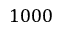
1 0 0 0